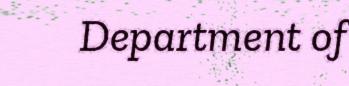
Department of